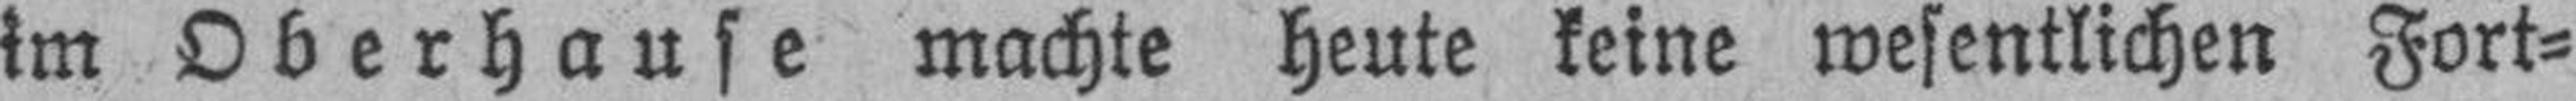
im Oberhause machte heute keine wesentlichen Fort¬